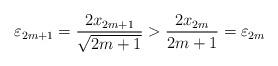
LaTeX: \begin{align*}\varepsilon_{2m+1} = \frac{2x_{2m+1}}{\sqrt{2m+1}}> \frac{2x_{2m}}{2m+1} = \varepsilon_{2m} \end{align*}